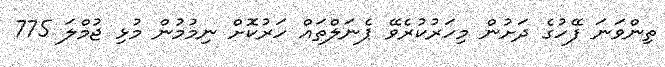
ތިންވަނަ ފޭހުގެ ދަށުން މިހަރުކުރެވޭ ޕެނަލްތައް ހަރުކޮށް ނިމުމުން މުޅި ޖުމްލަ 775